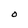
Character: O